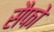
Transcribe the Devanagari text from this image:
सैफो